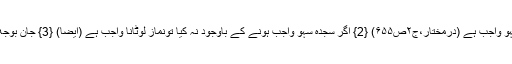
{1} واجِباتِ نَماز میں سے اگر کوئی واجِب بھولے سے رَہ جائے تو سجدۂ سَہْوْ واجِب ہے (دُرِّمُختار،ج۲ص۶۵۵) {2} اگر سجدۂ سَہْو واجِب ہونے کے باوُجُود نہ کیا تونَماز لوٹانا واجِب ہے (اَیضاً) {3} جان بوجھ کر واجِب تَرک کیا تو سجدۂ سَہْوْ کافی نہیں بلکہ نَمازدوبارہ لوٹاناواجِب ہے۔